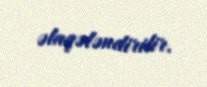
əlaqələndirilir.